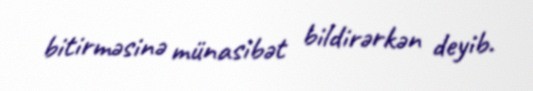
bitirməsinə münasibət bildirərkən deyib.